Vaccination in the Punjab 1883-1896 - 1883-1896
Year: 1883
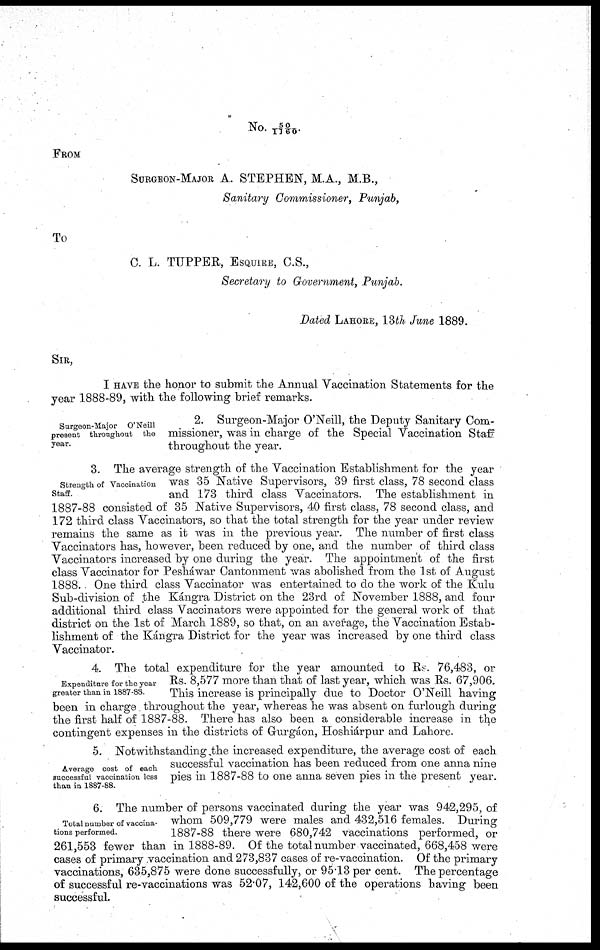
No. 50/1160.
FROM
SURGEON-MAJOR A. STEPHEN, M.A., M.B.,
Sanitary Commissioner, Punjab,
To
C. L. TUPPER, ESQUIRE, C.S.,
Secretary to Government, Punjab.
Dated LAHORE, 13th June 1889.
SIR,
I HAVE the honor to submit the Annual Vaccination Statements for the
year 1888-89, with the following brief remarks.
Surgeon-Major
O'Neill
present throughout the
year.
2. Surgeon-Major O'Neill, the Deputy Sanitary Com-
missioner, was in charge of the Special Vaccination Staff
throughout the year.
Strength of Vaccination
Staff.
3. The average strength of the Vaccination Establishment for the year
was 35 Native Supervisors, 39 first class, 78 second class
and 173 third class Vaccinators. The establishment in
1887-88 consisted of 35 Native Supervisors, 40 first class, 78 second class, and
172 third class Vaccinators, so that the total strength for the year under review
remains the same as it was in the previous year. The number of first class
Vaccinators has, however, been reduced by one, and the number of third class
Vaccinators increased by one during the year. The appointment of the first
class Vaccinator for Pesháwar Cantonment was abolished from the 1st of August
1888. One third class Vaccinator was entertained to do the work of the Kulu
Sub-division of the Kángra District on the 23rd of November 1888, and four
additional third class Vaccinators were appointed for the general work of that
district on the 1st of March 1889, so that, on an average, the Vaccination Estab-
lishment of the Kángra District for the year was increased by one third class
Vaccinator.
Expenditure for the year
greater than in 1887-88.
4. The total expenditure for the year amounted to Rs. 76,483, or
Rs. 8,577 more than that of last year, which was Rs. 67,906.
This increase is principally due to Doctor O'Neill having
been in charge throughout the year, whereas he was absent on furlough during
the first half of 1887-88. There has also been a considerable increase in the
contingent expenses in the districts of Grurgáon, Hoshiárpur and Lahore.
Average cost of each
successful vaccination less
than in 1887-88.
5. Notwithstanding the increased expenditure, the average cost of each
successful vaccination has been reduced from one anna nine
pies in 1887-88 to one anna seven pies in the present year.
Total number of vaccina-
tions performed.
6. The number of persons vaccinated during the year was 942,295, of
whom 509,779 were males and 432,516 females. During
1887-88 there were 680,742 vaccinations performed, or
261,553 fewer than in 1888-89. Of the total number vaccinated, 668,458 were
cases of primary vaccination and 273,837 cases of re-vaccination. Of the primary
vaccinations, 635,875 were done successfully, or 95.13 per cent. The percentage
of successful re-vaccinations was 52.07, 142,600 of the operations having been
successful.